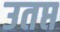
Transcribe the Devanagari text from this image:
उतप्त